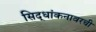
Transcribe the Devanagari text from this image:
सिद्धांकनावरची